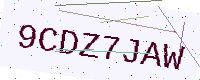
Text: 9CDZ7JAW